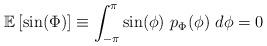
LaTeX: \begin{align*}\mathbb{E}\left[ \sin(\Phi) \right] \equiv \int_{-\pi}^{\pi} \sin(\phi) \ p_{\Phi}(\phi) \ d\phi= 0\end{align*}